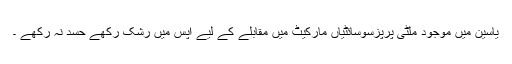
یاسین میں موجود ملٹی پرپزسوسائٹیاں مارکیٹ میں مقابلے کے لیے اپس میں رشک رکھے حسد نہ رکھے ۔